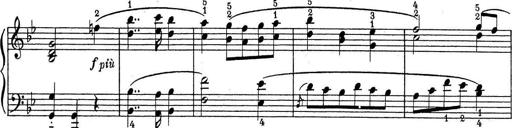
Title: ÄŒeskÃ© Sonatiny
Composer: Various